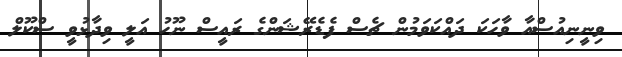
ވިނީނިއުސްއާ ވާހަކަ ދައްކަވަމުން ޗެސް ފެޑެރޭޝަންގެ ރައީސް ނޫހު އަލީ ވިދާޅުވީ ސްކޫލް